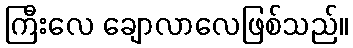
ကြီးလေ ချောလာလေဖြစ်သည်။